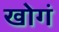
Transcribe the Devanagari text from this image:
खोगं